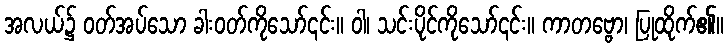
အလယ်၌ ဝတ်အပ်သော ခါးဝတ်ကိုသော်၎င်း။ ဝါ၊ သင်းပိုင်ကိုသော်၎င်း။ ကာတဗ္ဗော၊ ပြုထိုက်၏။